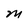
Character: M